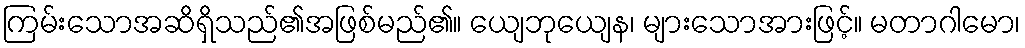
ကြမ်းသောအဆိရှိသည်၏အဖြစ်မည်၏။ ယျေဘုယျေန၊ များသောအားဖြင့်။ မတာဂါမော၊